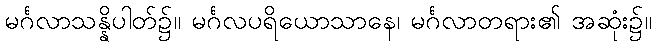
မင်္ဂလာသန္နိပါတ်၌။ မင်္ဂလပရိယောသာနေ၊ မင်္ဂလာတရား၏ အဆုံး၌။